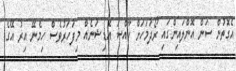
އެގޮތުން ސަން އޮންލައިންގައި ރޯދަމަހަށް ހާއްސަ އެޑިޝަނެއް މިފަހަރުވެސް ހިމެނޭ އިރު އޭގެ